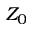
Z _ { 0 }